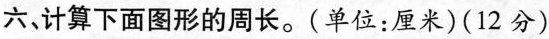
六计算下面图形的周长。(单位：厘米) (12分)